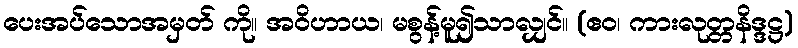
ပေးအပ်သောအမှတ် ကို။ အဝိဟာယ၊ မစွန့်မူ၍သာလျှင်။ (ဧဝ၊ ကားလုတ္တနိဒ္ဒဋ္ဌ)